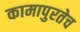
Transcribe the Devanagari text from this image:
कामापुरतेच